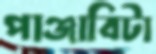
পাঞ্জাবিটা